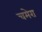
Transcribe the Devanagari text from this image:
चमेरा